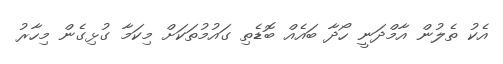
އެކު ތެލުން އާމްދަނީ ހޯދާ ބައެއް ބޮޑެތި ގައުމުތަކަށް މިކަމާ ގުޅިގެން މިހާރު